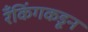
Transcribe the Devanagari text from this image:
रँकिंगकडून